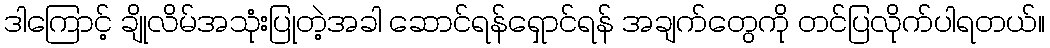
ဒါကြောင့် ချိုလိမ်အသုံးပြုတဲ့အခါ ဆောင်ရန်ရှောင်ရန် အချက်တွေကို တင်ပြလိုက်ပါရတယ်။